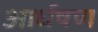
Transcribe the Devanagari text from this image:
आर्धषण